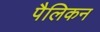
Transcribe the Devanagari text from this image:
पैलिकन